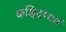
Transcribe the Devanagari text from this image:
कश्चिदप्यर्थ